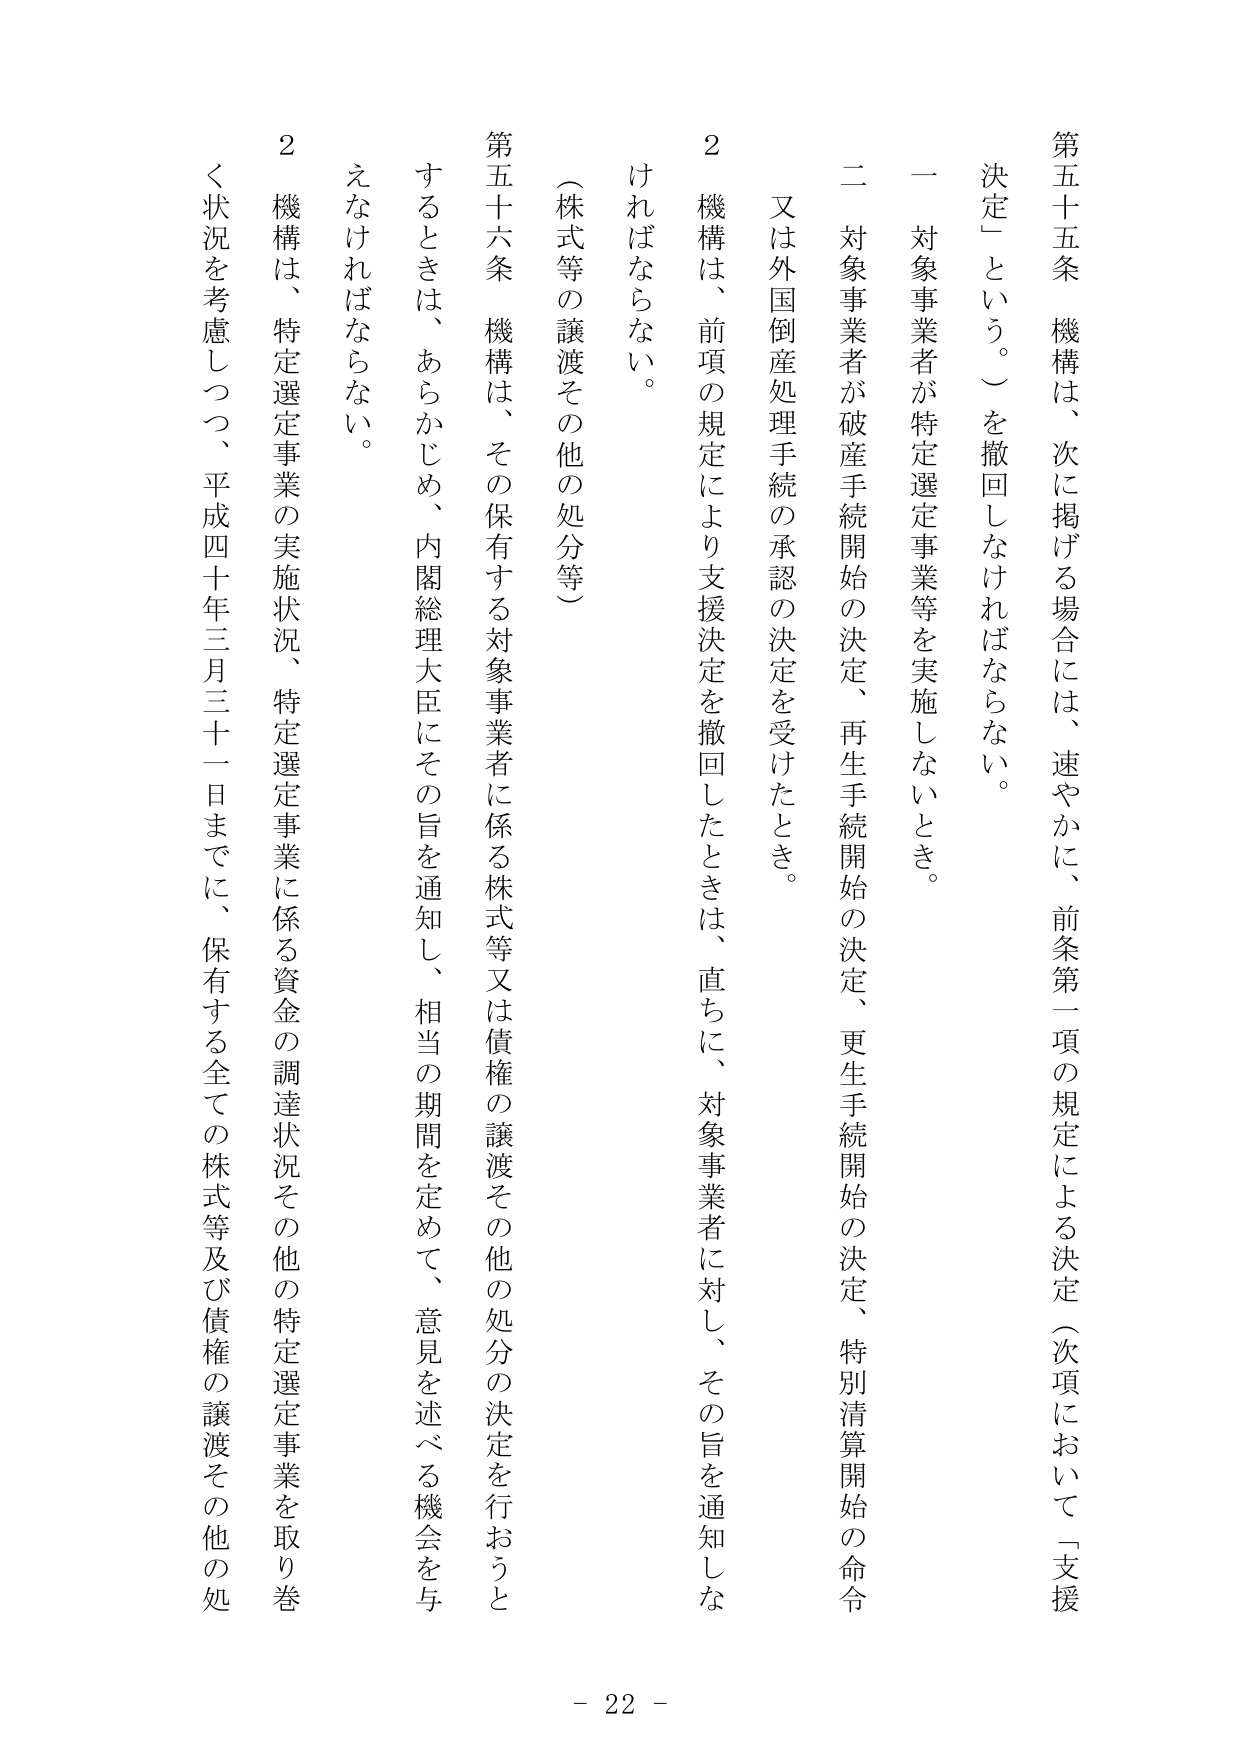
第五十五条 機構は、次に掲げる場合には、速やかに、前条第一項の規定による決定（次項において「支援決定」という。）を撤回しなければならない。

一 対象事業者が特定選定事業等を実施しないとき。

二 対象事業者が破産手続開始の決定、再生手続開始の決定、更生手続開始の決定、特別清算開始の命令又は外国倒産処理手続の承認の決定を受けたとき。

２ 機構は、前項の規定により支援決定を撤回したときは、直ちに、対象事業者に対し、その旨を通知しなければならない。

（株式等の譲渡その他の処分等）

第五十六条 機構は、その保有する対象事業者に係る株式等又は債権の譲渡その他の処分の決定を行おうとするときは、あらかじめ、内閣総理大臣にその旨を通知し、相当の期間を定めて、意見を述べる機会を与えなければならない。

２ 機構は、特定選定事業の実施状況、特定選定事業に係る資金の調達状況その他の特定選定事業を取り巻く状況を考慮しつつ、平成四十年三月三十一日までに、保有する全ての株式等及び債権の譲渡その他の処

- 22 -